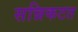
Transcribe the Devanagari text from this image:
सन्निकटत